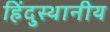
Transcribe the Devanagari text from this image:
हिंदुस्थानीय